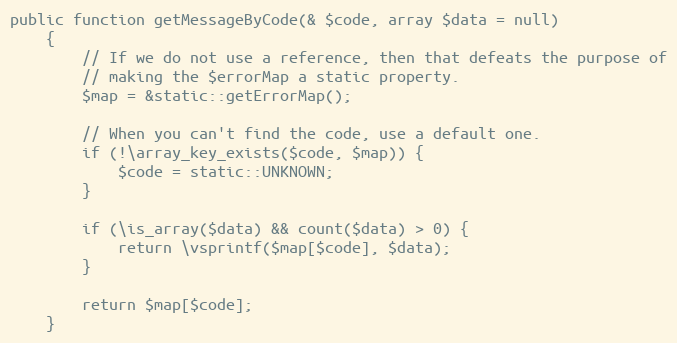
Language: PHP
public function getMessageByCode(& $code, array $data = null)
    {
        // If we do not use a reference, then that defeats the purpose of
        // making the $errorMap a static property.
        $map = &static::getErrorMap();

        // When you can't find the code, use a default one.
        if (!\array_key_exists($code, $map)) {
            $code = static::UNKNOWN;
        }

        if (\is_array($data) && count($data) > 0) {
            return \vsprintf($map[$code], $data);
        }

        return $map[$code];
    }